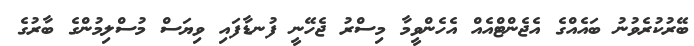
ބޭރުކުރެވުނު ބައެއްގެ އެޖެންޓްއެއް އެހެންވީމާ މިސްރު ޖެހޭނީ ފުނޑާފައި ވިޔަސް މުސްލިމުންގެ ބާރުގެ